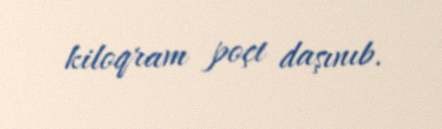
kiloqram poçt daşınıb.